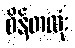
စိန်တလုံး